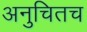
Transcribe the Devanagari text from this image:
अनुचितच